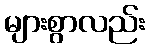
များစွာလည်း